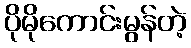
ပိုမိုကောင်းမွန်တဲ့